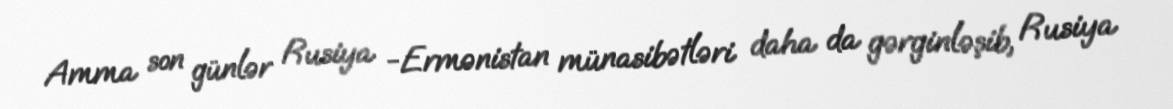
Amma son günlər Rusiya -Ermənistan münasibətləri daha da gərginləşib, Rusiya